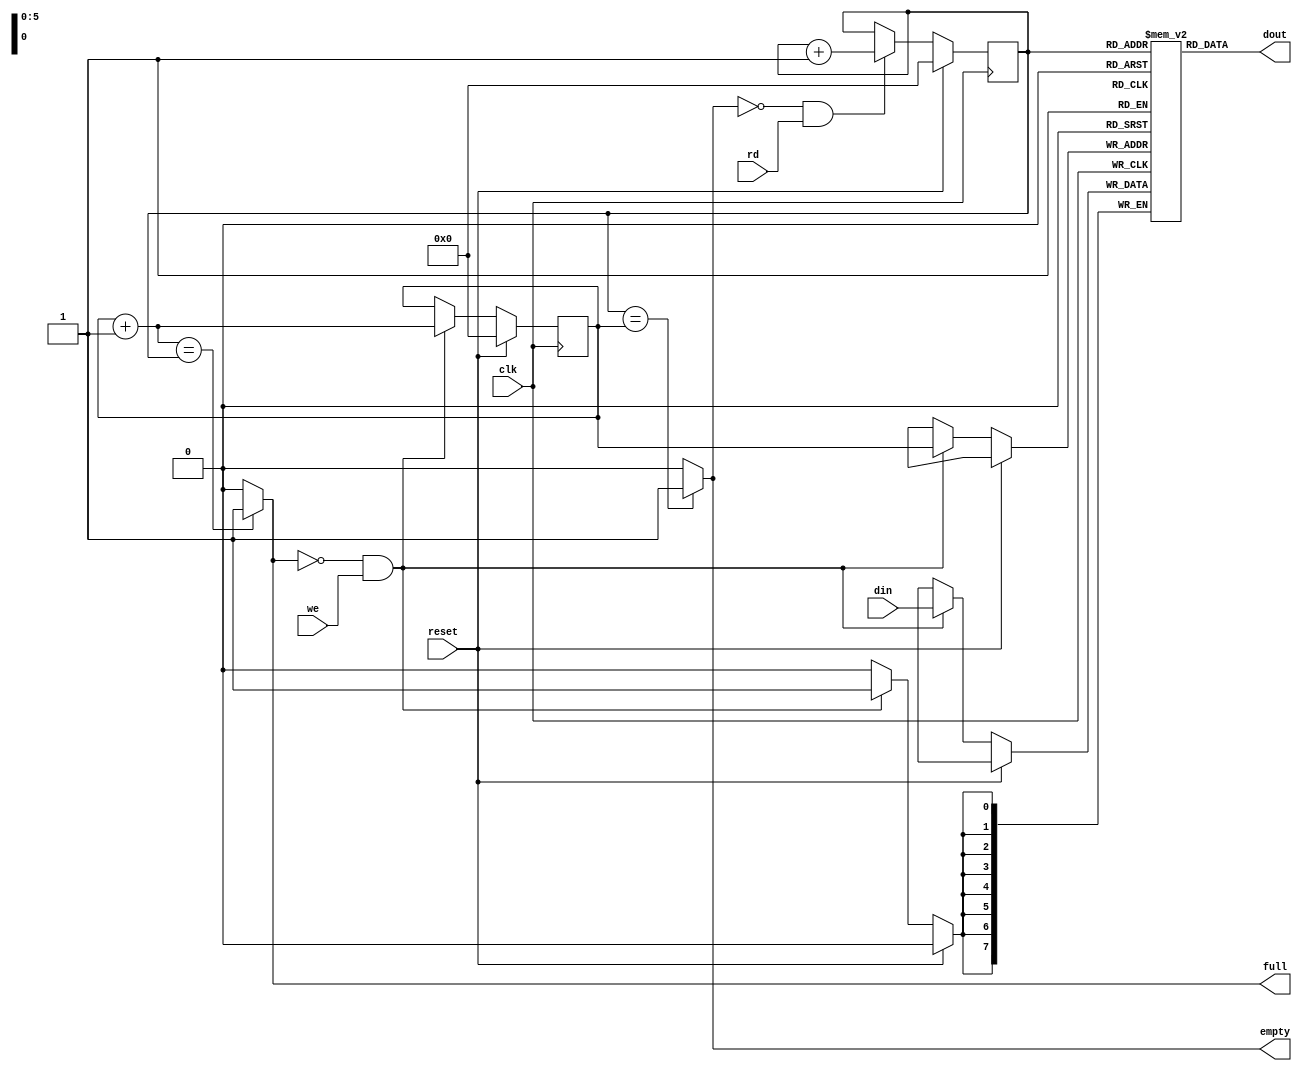
// - - -
// 64x8 FIFO
// Because of FIFO Full limitation, this is really a 63x8 FIFO

module FIFO (

    input clk,
    input reset,

    // data-in
    input we,                   // active-high write enable
    input [7:0] din,            // data in

    // data-out
    input  rd,                  // active-high read strobe
    output [7:0] dout,          // data out
    output empty,               // active-high FIFO empty flag
    output full                 // active-high FIFO full flag
);

    reg [7:0] ram [63:0];       // dual-port ram
    reg [5:0] addra;            // write-port address counter
    reg [5:0] addrb;            // read-port address counter

    // write-port
    always @(posedge clk) begin
        if (reset) addra <= 6'd0;
        else if (!full && we) begin
            ram[addra] <= din;
            addra <= addra + 1'd1;
        end
    end

    // read-port
    always @(posedge clk) begin
        if (reset) addrb <= 6'd0;
        else if (!empty && rd) addrb <= addrb + 1'd1;
    end

    assign dout = ram[addrb];
    assign empty = (addrb==addra) ? 1'b1 : 1'b0;
    assign full = ((addra+1'b1)==addrb) ? 1'b1 : 1'b0;

endmodule